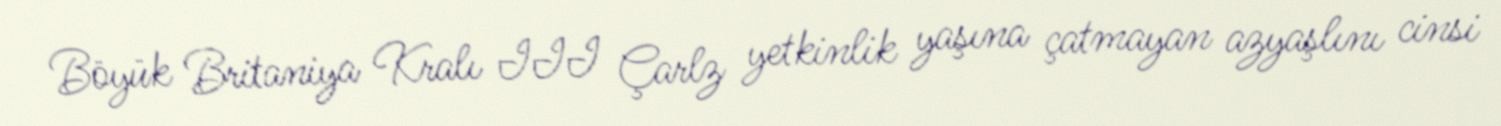
Böyük Britaniya Kralı III Çarlz yetkinlik yaşına çatmayan azyaşlını cinsi